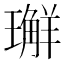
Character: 𭺅